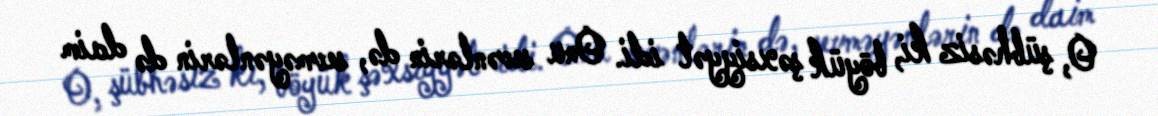
O, şübhəsiz ki, böyük şəxsiyyət idi. Onu sevənlərin də, sevməyənlərin də daim